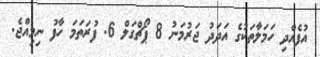
އުފެއްދި ހަމަލާތަކުގެ އަދަދު ޖަރުމަނު 8 ޕޯޗްގަލް 6. ފުރަތަމަ ހާފު ނިމިއްޖެ.